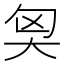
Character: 𡘅